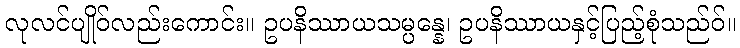
လုလင်ပျိုဝ်လည်းကောင်း။ ဥပနိဿာယသမ္ပန္နေ၊ ဥပနိဿာယနှင့်ပြည့်စုံသည်ဝ်။